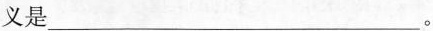
义是___。